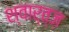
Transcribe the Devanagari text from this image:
श्वार्त्ज़